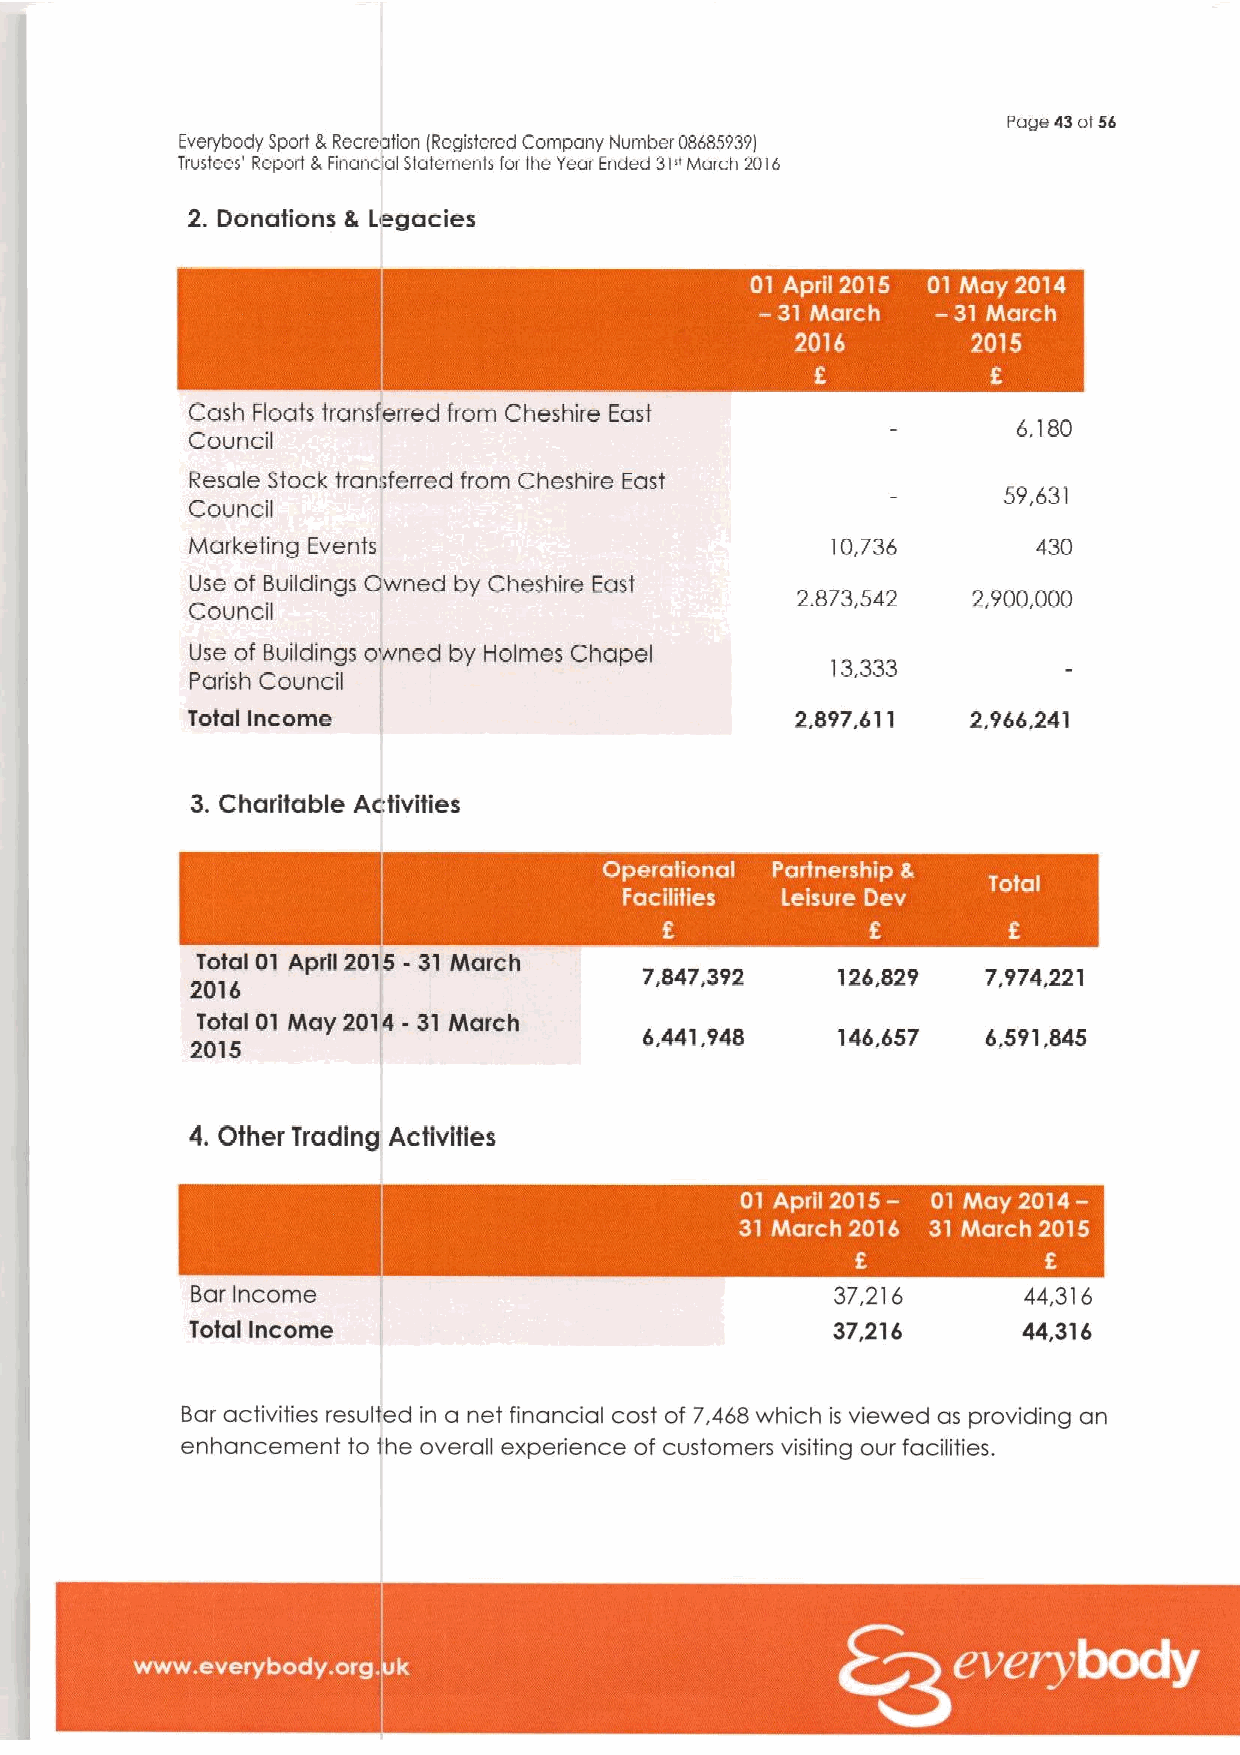
Page43 of56
 Everybody Sport LRecreation iRegislered Company Number 086859391
 Trustees' Reporl 6Financial Sfafemenls for the Yeor Ended 31"March 2016
 2. Donations 8 Legacies
 I  ~  I
 Cash Floats transferred from Cheshire East
 6,180
 Council
 Resale Stock transferred from Cheshire East
 59,631
 Council
 Marketing Events                          10,736
 Use of Buildings Awned by Cheshire East
 2.873,542  2,900,000
 Council
 Use of Buildings o ned by Holmes Chapel
 13,333
 Parish Council
 Total Income                             2,897.611  2,966,241
 3.Charitable Activities
 ~ ~ - ~ ~ ~
 Total 01 April
 2015-
 31 tittarch
 7,847,392   126,829   7,974,221
 2016
 Total 01 hftay 201 - 31 itftarch
 6.441,948   146,657   6,591,845
 2015
 4. Other Trading Activities
 Bar income                                37,216       44,316
 Total Income                              37,216       44,316
 Bar activities resulted in a net financial cost of 7,468 which is viewed as providing an
 enhancement to the overall experience of customers visiting our facilities.